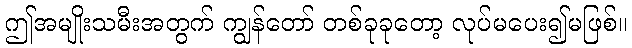
ဤအမျိုးသမီးအတွက် ကျွန်တော် တစ်ခုခုတော့ လုပ်မပေး၍မဖြစ်။